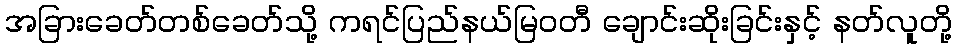
အခြားခေတ်တစ်ခေတ်သို့ ကရင်ပြည်နယ်မြဝတီ ချောင်းဆိုးခြင်းနှင့် နတ်လူတို့